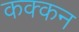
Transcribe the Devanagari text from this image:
कक्कन